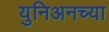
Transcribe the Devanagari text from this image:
युनिअनच्या